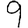
Digit: 9